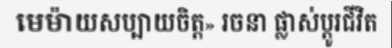
មេម៉ាយសប្បាយចិត្ត» រចនា ផ្លាស់ប្តូរជីវិត